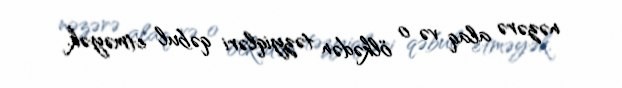
nəzərə alaq və o ölkədən təzyiqləri qəbul etməyək.